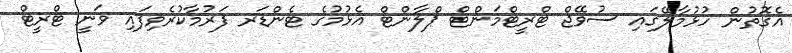
އެގޮތުން ހުޅުމާލޭގައި ސުވޭޖް ޓްރީޓްމަންޓް ޕްލާންޓް އެޅުމުގެ ޓެންޑަރ ފަރުމާކުރެވިފައި ވަނީ ޓްރީޓް